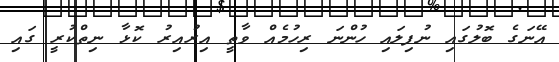
އޭނަގެ ބޮލުގައި ނުފިލައި ހުންނަ ރިހުމެއް ވާތީ އިރުއިރު ކޮޅާ ނިތްކުރީ ގައި